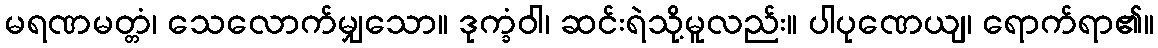
မရဏမတ္တံ၊ သေလောက်မျှသော။ ဒုက္ခံဝါ၊ ဆင်းရဲသို့မူလည်း။ ပါပုဏေယျ၊ ရောက်ရာ၏။